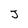
Character: J